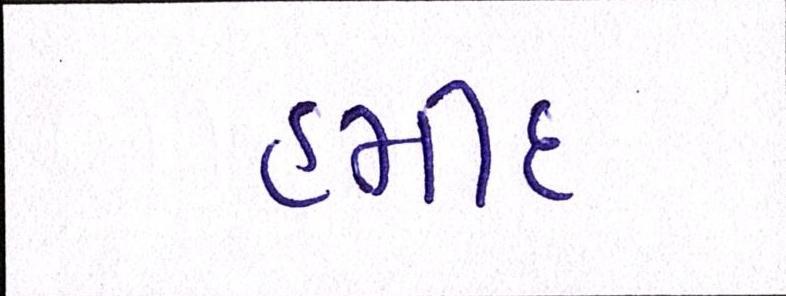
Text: હમીદ